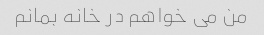
من می خواهم در خانه بمانم